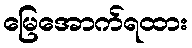
မြေအောက်ရထား